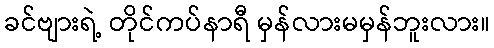
ခင်ဗျားရဲ့ တိုင်ကပ်နာရီ မှန်လားမမှန်ဘူးလား။